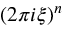
( 2 \pi i \xi ) ^ { n }